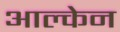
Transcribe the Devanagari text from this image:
आल्केन